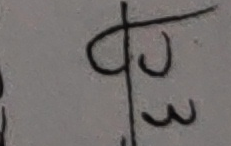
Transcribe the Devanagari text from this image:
फ३